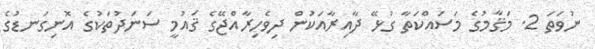
ނުވަތަ 2. މަޤާމުގެ މަސައްކަތާ ގުޅޭ ދާއިރާއަކުން ދިވެހިރާއްޖޭގެ ޤައުމީ ސަނަދުތަކުގެ އޮނިގަނޑުގެ